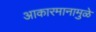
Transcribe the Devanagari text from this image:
आकारमानामुळे